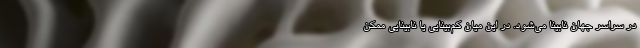
در سراسر جهان نابینا می‌شود. در این میان کم‌بینایی یا نابینایی ممکن